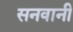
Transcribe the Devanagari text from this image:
सनवानी